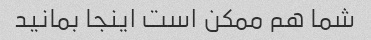
شما هم ممکن است اینجا بمانید